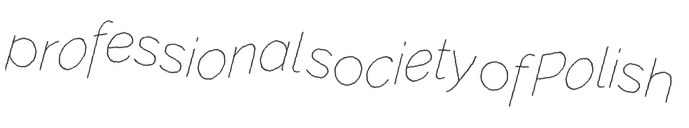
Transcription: professional society of Polish